Report on vaccination in Madras 1877-1894 - 1877-1894
Year: 1877
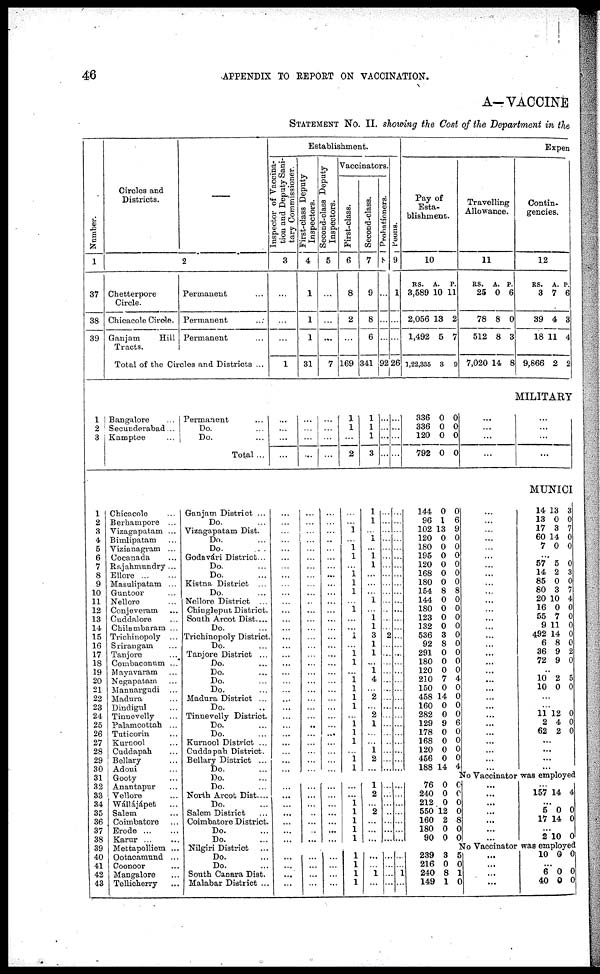
46
APPENDIX TO REPORT ON VACCINATION.
A—VACCINE
STATEMENT NO. II. showing the Cost of the Department in the
Number.
1
37
38
39
Circles and
Districts.
—
2
Chetterpore
Circle.
Chicacole Circle.
Ganjam
Hill
Tracts.
Permanent ...
Permanent ...
Permanent ...
Total of the Circles and Districts ...
Establishment.
Inspector of Vaccina-
tion and Deputy Sani-
tary Commissioner.
3
...
...
...
1
First-class Deputy
Inspectors.
4
1
1
1
31
Second-class Deputy
Inspectors.
5
...
...
7
Vaccinators.
First-class.
6
8
2
...
169
Second-class.
7
9
8
6
341
Probationers.
8
...
...
...
92
Peons.
9
1
...
...
26
Expen
Pay of
Esta-
blishment.
10
RS.
3,589
2,056
1,492
1,22,335
A.
10
13
5
8
P.
11
2
7
9
Travelling
Allowance.
11
RS.
25
78
512
7,020
A.
0
8
8
14
P.
6
0
3
8
Contin-
gencies.
12
RS.
3
39
18
9,866
A.
7
4
11
2
P.
6
3
4
2
MILITARY
1
2
3
Bangalore ...
Secunderabad...
Kamptee ...
Permanent ...
Do. ...
Do. ...
Total...
...
...
...
...
...
...
...
...
...
...
...
...
1
1
...
2
1
1
1
3
...
...
...
...
...
...
...
...
336
336
120
792
0
0
0
0
0
0
0
0
...
...
...
...
...
...
...
...
MUNICI
1
2
3
4
5
6
7
8
9
10
11
12
13
14
15
16
17
18
19
20
21
22
23
24
25
26
27
28
29
30
31
32
33
34
35
36
37
38
39
40
41
42
43
Chicacole ...
Berhampore ...
Vizagapatam ...
Bimlipatam ...
Vizianagram ...
Cocanada ...
Rajahmnndry ...
Ellore ... ...
Masulipatam ...
Guntoor ...
Nellore ...
Conjeveram ...
Cuddalore ...
Chilambaram ...
Trichinopoly ...
Srirangam ...
Tanjore ...
Combaconum ...
Mayavaram ...
Negapatam ...
Mannargudi ...
Madura ...
Dindigul ...
Tinnevelly ...
Palamcottah ...
Tuticorin ...
Kurnool ...
Cuddapah ...
Bellary ...
Adoni ...
Gooty ...
Anantapur ...
Vellore ...
Wállájápet ...
Salem ...
Coimbatore ...
Erode ... ...
Karur
...
...
Mettapolliem ...
Ootacamund ...
Coonoor ...
Mangalore ...
Tellicherry ...
Ganjam District ...
Do. ...
Vizagapatam Dist.
Do. ...
Do. ...
Godavári District...
Do. ...
Do. ...
Kistna District ...
Do. ...
Nellore District ...
Chingleput District.
South Arcot Dist....
Do. ...
Trichinopoly District.
Do. ...
Tanjore District ...
Do. ...
Do. ...
Do. ...
Do. ...
Madura District ...
Do. ...
Tinnevelly District.
Do. ...
Do. ...
Kurnool Distinct ...
Cuddapah District.
Bellary District ...
Do. ...
Do. ...
Do. ...
North Arcot Dist....
Do. ...
Salem District ...
Coimbatore District. ...
Do. ...
Do. ...
Nilgiri District ...
Do. ...
Do. ...
South Canara Dist. ...
Malabar District ...
...
...
...
...
...
...
...
...
...
...
...
...
...
...
...
...
...
...
...
...
...
...
...
...
...
...
...
...
...
...
...
...
...
...
...
...
...
...
...
...
...
...
...
...
...
...
...
...
...
...
...
...
...
...
...
...
...
...
...
...
...
...
...
...
...
...
...
...
...
...
...
...
...
...
...
...
...
...
...
...
...
...
...
...
...
...
...
...
...
...
...
...
1
...
1 1
...
1 1
1
...
1
...
...
1
...
1 1
...
1 1
1
1
...
1
1
1
...
1
1
1
1
...
1
...
1
1
...
...
...
1
...
1 1
3
1
1
... 1
4
...
2
...
2
1
...
...
1
2
...
...
...
...
...
...
...
...
...
...
...
...
...
...
...
2
...
...
...
...
...
...
...
...
...
...
...
...
...
...
...
...
...
...
...
...
...
...
...
...
...
...
...
...
...
...
...
...
...
...
...
...
...
...
...
...
...
...
...
...
...
144
96
102
120
180
195
120
168
180
154
144
180
123
132
536
92
291
180
120
210
150
458
160
282
129
178
168
120
456
188
0
1
13
0
0
0
0
0
0
8
0
0
0
0
3
8
0
0
0
7
0
14
0
0
9
0
0
0
0
14
0
6
9
0
0
0
0
0
0
8
0
0
0
0
0
0
0
0
0
4
0
0
0
0
6
0
0
0
0
4
...
...
...
...
...
...
...
...
...
...
...
...
...
...
...
...
...
...
...
...
...
...
...
...
...
...
...
...
...
...
14
13
17
60
7
13
0
3
14
0
3
0
7
0
0
...
57
14
85
80
20
16
55
9
492
6
36
72
5
2
0
3
10
0
7
11
14
8
9
9
0
3
0
7
4
0
0
0
0
0
2
0
...
10
10
2
0
5
0
...
...
11
2
62
12
4
2
0
0
0
...
...
...
...
No Vaccinator was employed
...
...
...
...
...
...
...
...
...
...
...
...
...
...
...
...
...
...
...
...
...
...
... 1
1
1
1
1
1
2
...
2
...
...
...
...
...
...
...
...
...
...
...
...
...
...
...
...
...
76
240
212
550
160
180
90
0
0
0
12
2
0
0
0
0
0
0
8
0
0
...
...
...
...
...
...
...
...
157 14 4
...
5
17
0
14
0
0
...
2 10 0
No Vaccinator was employed
...
...
...
...
...
...
...
...
...
...
...
...
1
1
1
1
...
...
1
...
...
...
...
...
...
...
1
...
239
216
240
149
3
0
8
1
5
0
1
0
...
...
...
...
10 0 0
...
6
40
0
0
0
0